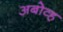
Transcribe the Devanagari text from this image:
अबोव्ह